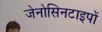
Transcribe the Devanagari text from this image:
जेनोसिनटाइपों